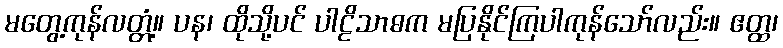
မတွေ့ကုန်လတ္တံ့။ ပန၊ ထိုသို့ပင် ပါဠိသာဓက မပြနိုင်ကြပါကုန်သော်လည်း။ ဧတ္ထ၊